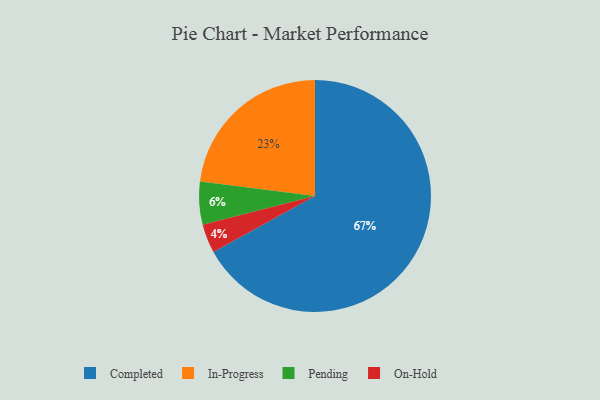
{"axis": {"x": "Category", "y": "Percentage"}, "legend": ["Completed", "In-Progress", "On-Hold", "Pending"], "data": [{"x": "Pending", "y": 6, "type": "Pending"}, {"x": "Completed", "y": 67, "type": "Completed"}, {"x": "In-Progress", "y": 23, "type": "In-Progress"}, {"x": "On-Hold", "y": 4, "type": "On-Hold"}]}